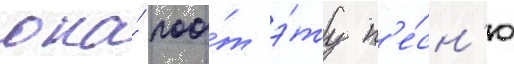
она́ поо́т э́ту п'е́сн'ю